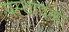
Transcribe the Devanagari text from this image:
प्रस्थापकों